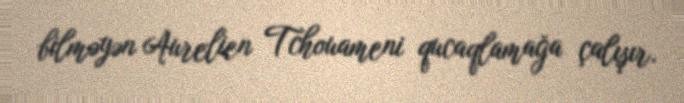
bilməyən Aurelien Tchouameni qucaqlamağa çalışır.